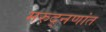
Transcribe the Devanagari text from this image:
मरुद्नणांत